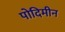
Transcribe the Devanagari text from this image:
पोदिमीन